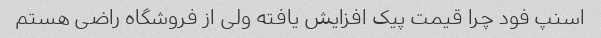
اسنپ فود چرا قیمت پیک افزایش یافته ولی از فروشگاه راضی هستم